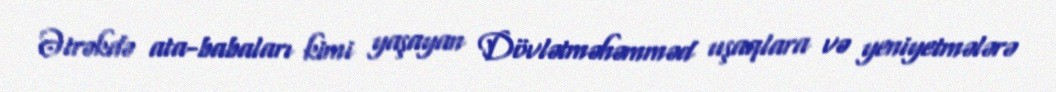
Ətrəkdə ata-babaları kimi yaşayan Dövlətməhəmməd uşaqlara və yeniyetmələrə